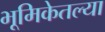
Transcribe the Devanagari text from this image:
भूमिकेतल्या